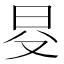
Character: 𣅝